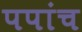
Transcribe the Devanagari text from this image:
पपांच